Document type: Sale
Year: 1499
Scribe: Joan Martínez de Sòria
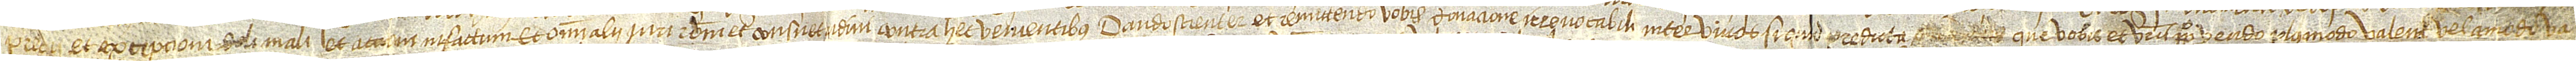
precii, et excepcioni doli mali, et accioni infactum, et omni alii iuri, rationi et consuetudini contra hec venientibus, dando scienter et remittendo vobis donacione irrevocabili inter vivos si quid predicta  que vobis et vestris perpetuo vendo plus modo valent vel amodo va-